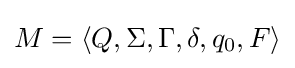
M=\langle Q,\Sigma ,\Gamma ,\delta ,q_{0},F\rangle